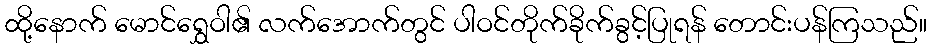
ထို့နောက် မောင်ရွှေဝါ၏ လက်အောက်တွင် ပါဝင်တိုက်ခိုက်ခွင့်ပြုရန် တောင်းပန်ကြသည်။